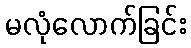
မလုံလောက်ခြင်း